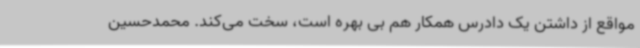
مواقع از داشتن یک دادرس همکار هم بی بهره است، سخت می‌کند. محمدحسین